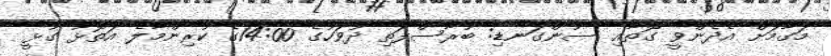
މަގާމަށް އެދެންވީ ގޮތާއި ސުންގަނޑި: ބުރާސްފަތި ދުވަހުގެ 14:00ގެ ކުރިންމާލެ އަތޮޅު ގުޅީ